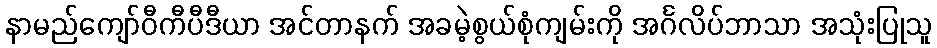
နာမည်ကျော်ဝီကီပီဒီယာ အင်တာနက် အခမဲ့စွယ်စုံကျမ်းကို အင်္ဂလိပ်ဘာသာ အသုံးပြုသူ